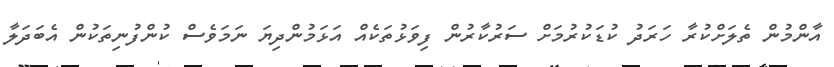
އާންމުން ތެލަށްކުރާ ހަރަދު ކުޑަކުރުމަށް ސަރުކާރުން ފިވަޅުތަކެއް އަޅަމުންދިޔަ ނަމަވެސް ކުންފުނިތަކުން އެބަދަލާ